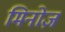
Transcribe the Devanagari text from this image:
मिनोज़